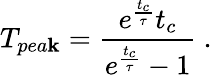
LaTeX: T_{pea\mathbf{k}}=\frac{{e^{\frac{{t_{c}}}{{\tau}}}t_{c}}}{{e^{\frac{{t_{c}}}{{\tau}}}-1}}~.